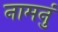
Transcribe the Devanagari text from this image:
नामनुं